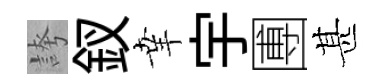
誇釵𦍒宇圑甚